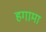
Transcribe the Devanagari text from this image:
हगामा